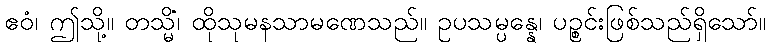
ဧဝံ၊ ဤသို့။ တသ္မိံ၊ ထိုသုမနသာမဏေသည်။ ဥပသမ္ပန္နေ၊ ပဉ္စင်းဖြစ်သည်ရှိသော်။